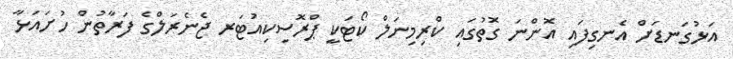
އަޅުގަނޑަށް އެނގިފައި އޮންނަ ގޮތުގައި ކްރިމިނަލް ކޯޓަކީ ޕްރޮސިކިއުޓަރ ޖެނެރަލްގެ ފަރާތުން ހުށައަޅާ